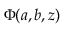
\Phi ( a , b , z )